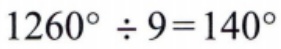
\(1260^{\circ} \div 9 = 140^{\circ}\)